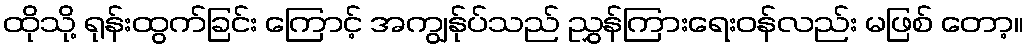
ထိုသို့ ရုန်းထွက်ခြင်း ကြောင့် အကျွန်ုပ်သည် ညွှန်ကြားရေးဝန်လည်း မဖြစ် တော့။